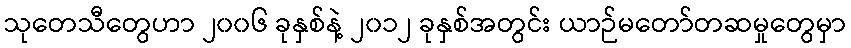
သုတေသီတွေဟာ ၂၀၀၆ ခုနှစ်နဲ့ ၂၀၁၂ ခုနှစ်အတွင်း ယာဉ်မတော်တဆမှုတွေမှာ